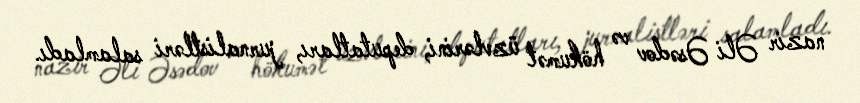
nazir Əli Əsədov və hökumət üzvlərini, deputatları, jurnalistləri salamladı.